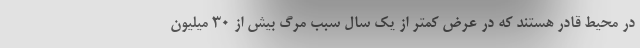
در محیط قادر هستند که در عرض کمتر از یک سال سبب مرگ بیش از 30 میلیون